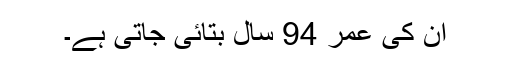
ان کی عمر 94 سال بتائی جاتی ہے۔